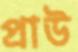
প্রাউ